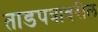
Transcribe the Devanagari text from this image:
ताडपत्रावरील